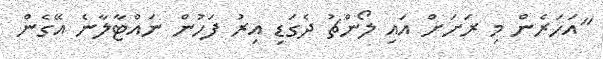
"އަހަރެން މި ރަށަށް އައި ލޯންޗު ދެގަޑި އިރު ފަހުން ނައްޓާލާނެ އޭގެން